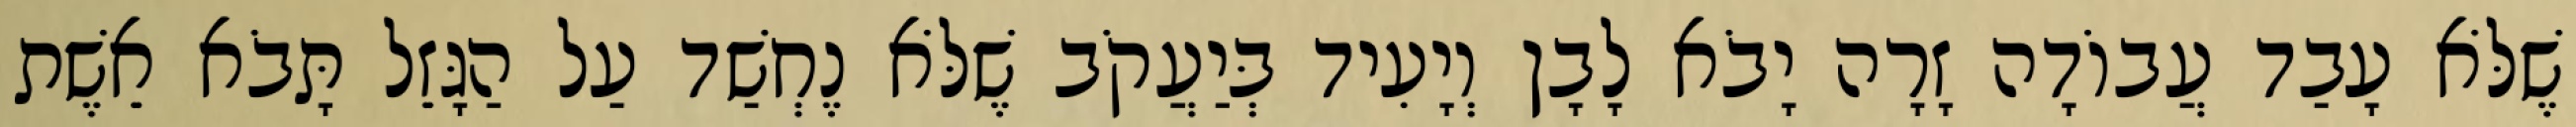
שֶׁלֹּא עָבַד עֲבוֹדָה זָרָה יָבֹא לָבָן וְיָעִיד בְּיַעֲקֹב שֶׁלֹּא נֶחְשַׁד עַל הַגָּזֵל תָּבֹא אֵשֶׁת